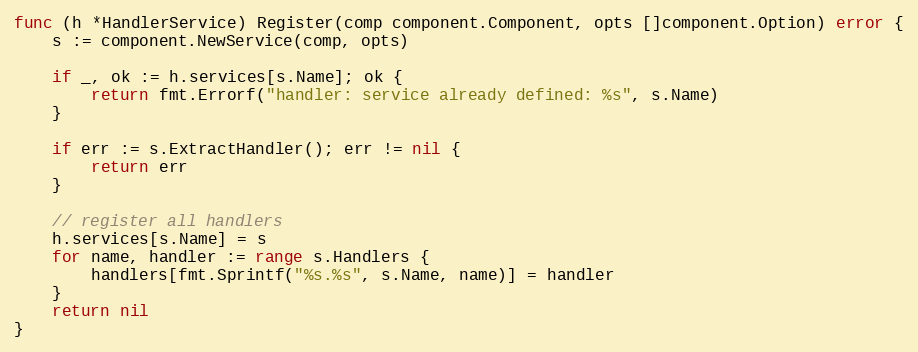
Language: Go
func (h *HandlerService) Register(comp component.Component, opts []component.Option) error {
	s := component.NewService(comp, opts)

	if _, ok := h.services[s.Name]; ok {
		return fmt.Errorf("handler: service already defined: %s", s.Name)
	}

	if err := s.ExtractHandler(); err != nil {
		return err
	}

	// register all handlers
	h.services[s.Name] = s
	for name, handler := range s.Handlers {
		handlers[fmt.Sprintf("%s.%s", s.Name, name)] = handler
	}
	return nil
}